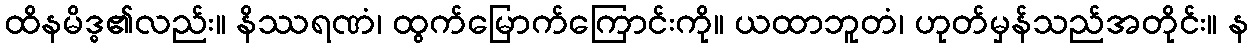
ထိနမိဒ္ဓ၏လည်း။ နိဿရဏံ၊ ထွက်မြောက်ကြောင်းကို။ ယထာဘူတံ၊ ဟုတ်မှန်သည်အတိုင်း။ န